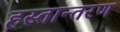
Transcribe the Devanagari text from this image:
हस्‍तान्‍तरण